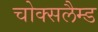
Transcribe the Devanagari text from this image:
चोक्सलैम्ड